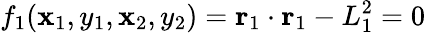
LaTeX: f_{1}(\mathbf{x}_{1},y_{1},\mathbf{x}_{2},y_{2})=\mathbf{{r}}_{1}\cdot\mathbf{{r}}_{1}-L_{1}^{2}=0